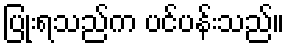
ပြုံးရသည်က ပင်ပန်းသည်။